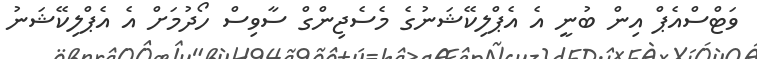
ވަޓްސްއެޕް އިން ބުނީ އެ އެޕްލިކޭޝަނުގެ މެސެޖިންގް ސާވިސް ހޯދުމަށް އެ އެޕްލިކޭޝަނު